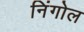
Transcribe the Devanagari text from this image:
निंगोल